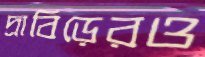
দ্রাবিড়েরও